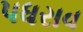
પધરાવ